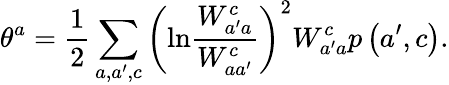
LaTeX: \theta^{a}=\frac{1}{2}\sum_{a,a^{\prime},c}\left(\mathrm{ln}\frac{W_{a^{\prime}a}^{c}}{W_{aa^{\prime}}^{c}}\right)^{2}W_{a^{\prime}a}^{c}p\left(a^{\prime},c\right).